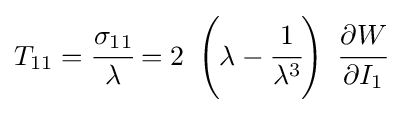
T_{11}={\cfrac {\sigma _{11}}{\lambda }}=2~\left(\lambda -{\cfrac {1}{\lambda ^{3}}}\right)~{\cfrac {\partial W}{\partial I_{1}}}~